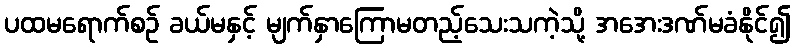
ပထမရောက်စဉ် ခယ်မနှင့် မျက်နှာကြောမတည့်သေးသကဲ့သို့ အအေးဒဏ်မခံနိုင်၍